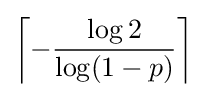
\left\lceil -{\frac {\log 2}{\log(1-p)}}\right\rceil